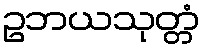
ဥဘယသုတ္တံ